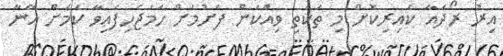
އިރު ރޯދައާ ކައިރިކޮށް މި ތަކެތި ވިއްކަން ފެށުމަށް ހަމަޖެހިފައިވާ ކަމަށް އޭނާ